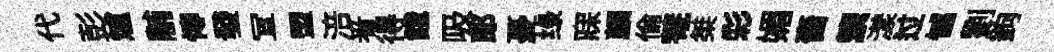
代彭爐黼慱發冝盟涪㸔得餓吸郞憂绿寐顔倫菴桀彩媚嗇籞漾过憾劉鉤